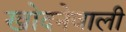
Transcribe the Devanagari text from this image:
खोदनेवाली